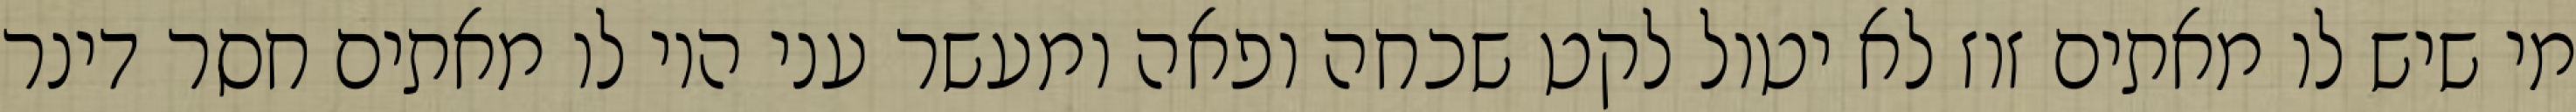
מי שיש לו מאתים זוז לא יטול לקט שכחה ופאה ומעשר עני היו לו מאתים חסר דינר